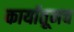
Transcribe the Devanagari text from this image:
कार्यातूनच